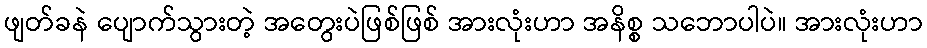
ဖျတ်ခနဲ ပျောက်သွားတဲ့ အတွေးပဲဖြစ်ဖြစ် အားလုံးဟာ အနိစ္စ သဘောပါပဲ။ အားလုံးဟာ